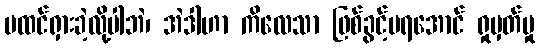
မထင်ရှားခဲ့လို့ပါဘဲ၊ အဲဒါဟာ ကိလေသာ ဖြစ်ခွင့်မရအောင် ရှုမှတ်မှု